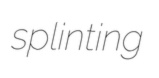
splinting